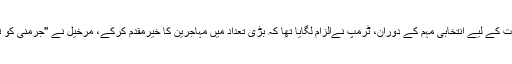
صدارتی انتخابات کے لیے انتخابی مہم کے دوران، ٹرمپ نےالزام لگایا تھا کہ بڑی تعداد میں مہاجرین کا خیرمقدم کرکے، مرخیل نے ''جرمنی کو تباہ کر دیا ہے''۔